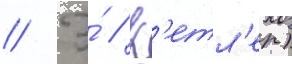
// Э́ // К'етл'ер)